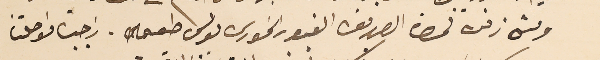
ومش زفرة لحضرة الصديق الغيور الخورى بولس طعمه. راجيا مواصلتنا